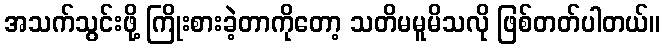
အသက်သွင်းဖို့ ကြိုးစားခဲ့တာကိုတော့ သတိမမူမိသလို ဖြစ်တတ်ပါတယ်။